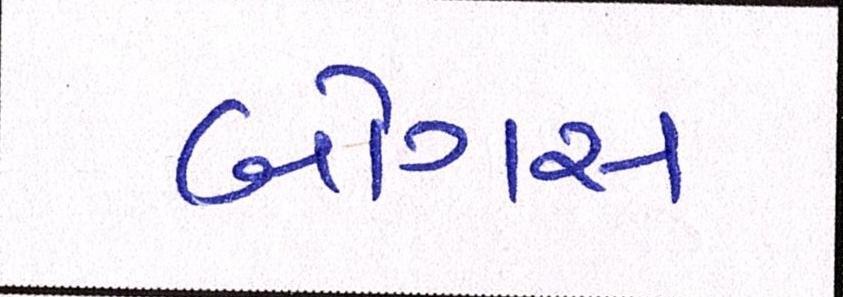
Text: બોગસ